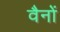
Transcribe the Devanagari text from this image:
वैनों